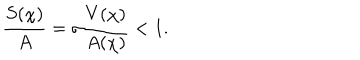
\frac { S ( \chi ) } { A } = \sigma \frac { V ( \chi ) } { A ( \chi ) } < 1 .